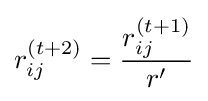
r_{ij}^{(t+2)}={\frac {r_{ij}^{(t+1)}}{r'}}